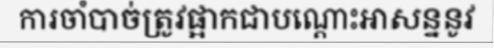
ការចាំបាច់ត្រូវផ្អាកជាបណ្តោះអាសន្ននូវ